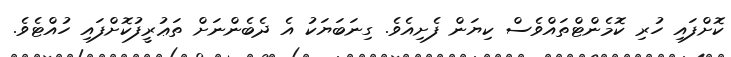
ކޮށްފައި ހުރި ކޮމެންޓްތައްވެސް ކިޔަން ފެށިއެވެ. ގިނަބަޔަކު އެ ދެބެންނަށް ތަޢުރީފުކޮށްފައި ހުއްޓެވެ.